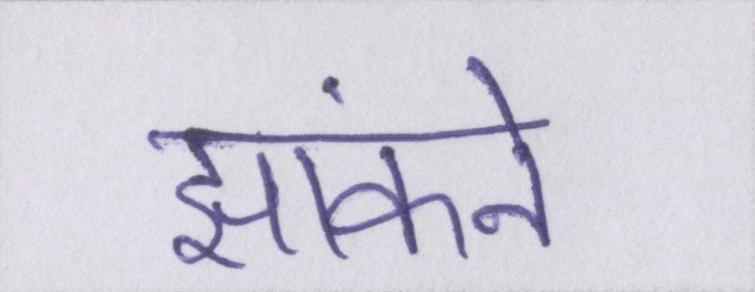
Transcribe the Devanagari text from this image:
झांकने